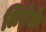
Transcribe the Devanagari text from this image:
लिवेके